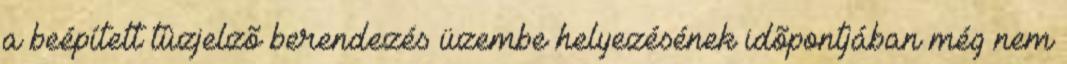
a beépített tûzjelzõ berendezés üzembe helyezésének idõpontjában még nem